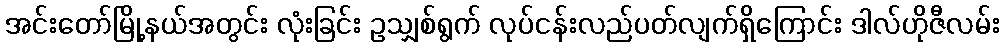
အင်းတော်မြို့နယ်အတွင်း လုံးခြင်း ဥသျှစ်ရွက် လုပ်ငန်းလည်ပတ်လျက်ရှိကြောင်း ဒါလ်ဟိုဇီလမ်း